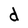
Character: d